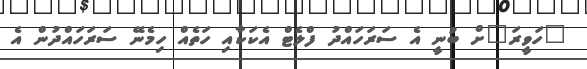
"ހަވީރަ"ށް ބުނީ އެ ސަރަހައްދު ފްލެޓް އެކަކާއި ހަތެއް ހިމެނޭ ސަރަހައްދުން އެ